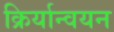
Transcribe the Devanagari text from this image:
क्रिर्यान्वयन